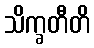
သိက္ခတီတိ